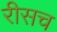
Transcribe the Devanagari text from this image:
रीसच